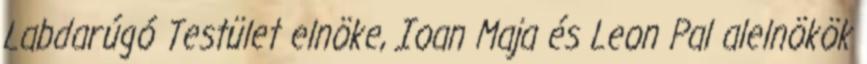
Labdarúgó Testület elnöke, Ioan Maja és Leon Pal alelnökök